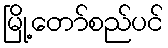
မြို့တော်စည်ပင်